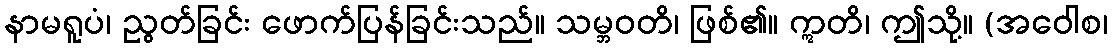
နာမရူပံ၊ ညွတ်ခြင်း ဖောက်ပြန်ခြင်းသည်။ သမ္ဘဝတိ၊ ဖြစ်၏။ ဣတိ၊ ဤသို့။ (အဝေါစ၊